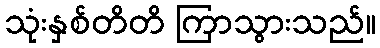
သုံးနှစ်တိတိ ကြာသွားသည်။